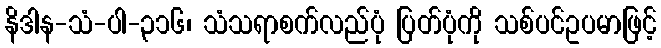
နိဒါန-သံ-ပါ-၃၁၆၊ သံသရာစက်လည်ပုံ ပြတ်ပုံကို သစ်ပင်ဥပမာဖြင့်